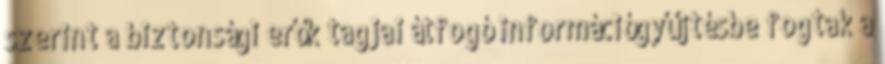
szerint a biztonsági erők tagjai átfogó információgyűjtésbe fogtak a